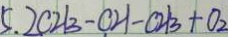
5 . 2 C H _ { 3 } - C H - C H _ { 3 } + O _ { 2 }